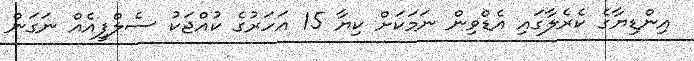
އިންޑިޔާގެ ކެރެލާގައި އެޑްވިން ނަމަކަށް ކިޔާ 15 އަހަރުގެ ކުއްޖަކު ސެލްފީއެއް ނަގަން